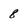
Character: 8